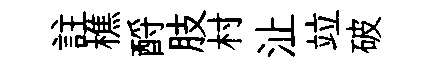
註樵酹肢村沚竝破